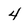
Character: 4